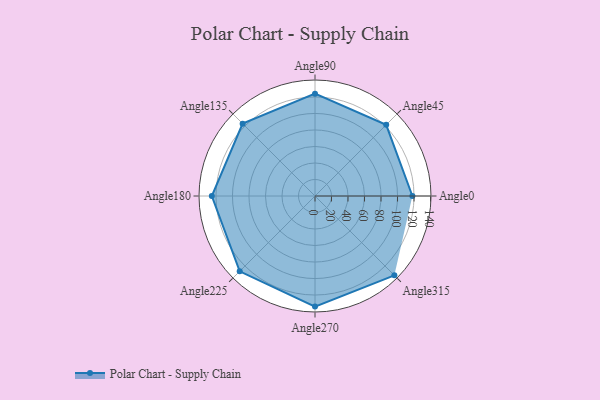
{"axis": {"x": "Angle", "y": "Radius"}, "legend": [""], "data": [{"x": "Angle0", "y": 118.0, "type": ""}, {"x": "Angle45", "y": 122.0, "type": ""}, {"x": "Angle90", "y": 124.0, "type": ""}, {"x": "Angle135", "y": 124.0, "type": ""}, {"x": "Angle180", "y": 125.0, "type": ""}, {"x": "Angle225", "y": 129.0, "type": ""}, {"x": "Angle270", "y": 134.0, "type": ""}, {"x": "Angle315", "y": 136.0, "type": ""}]}